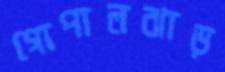
গোপালঝাড়